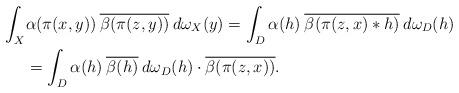
LaTeX: \begin{align*}\int_X& \alpha(\pi(x,y))\> \overline{\beta(\pi(z,y))}\> d\omega_X(y)=\int_D \alpha(h)\> \overline{\beta(\pi(z,x)*h)} \>d\omega_D(h)\\&=\int_D \alpha(h)\>\overline{\beta(h)} \>d\omega_D(h)\cdot \overline{\beta(\pi(z,x))}.\end{align*}